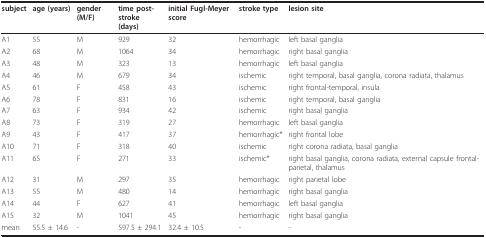
<table><thead><tr><td><b>subject</b></td><td><b>age (years)</b></td><td><b>gender (M/F)</b></td><td><b>time post-stroke (days)</b></td><td><b>initial Fugl-Meyer score</b></td><td><b>stroke type</b></td><td><b>lesion site</b></td></tr></thead><tbody><tr><td>A1</td><td>55</td><td>M</td><td>929</td><td>32</td><td>hemorrhagic</td><td>left basal ganglia</td></tr><tr><td>A2</td><td>68</td><td>M</td><td>1064</td><td>34</td><td>hemorrhagic</td><td>right basal ganglia</td></tr><tr><td>A3</td><td>48</td><td>M</td><td>323</td><td>13</td><td>hemorrhagic</td><td>left basal ganglia</td></tr><tr><td>A4</td><td>46</td><td>M</td><td>679</td><td>34</td><td>ischemic</td><td>right temporal, basal ganglia, corona radiata, thalamus</td></tr><tr><td>A5</td><td>61</td><td>F</td><td>458</td><td>43</td><td>ischemic</td><td>right frontal-temporal, insula</td></tr><tr><td>A6</td><td>78</td><td>F</td><td>831</td><td>16</td><td>ischemic</td><td>right temporal, basal ganglia</td></tr><tr><td>A7</td><td>63</td><td>F</td><td>934</td><td>42</td><td>ischemic</td><td>right basal ganglia</td></tr><tr><td>A8</td><td>73</td><td>F</td><td>319</td><td>27</td><td>hemorrhagic</td><td>left basal ganglia</td></tr><tr><td>A9</td><td>43</td><td>F</td><td>417</td><td>37</td><td>hemorrhagic*</td><td>right frontal lobe</td></tr><tr><td>A10</td><td>71</td><td>F</td><td>318</td><td>40</td><td>ischemic</td><td>right corona radiata, basal ganglia</td></tr><tr><td>A11</td><td>65</td><td>F</td><td>271</td><td>33</td><td>ischemic*</td><td>right basal ganglia, corona radiata, external capsule frontal-parietal, thalamus</td></tr><tr><td>A12</td><td>31</td><td>M</td><td>297</td><td>35</td><td>hemorrhagic</td><td>right parietal lobe</td></tr><tr><td>A13</td><td>55</td><td>M</td><td>480</td><td>14</td><td>hemorrhagic</td><td>right basal ganglia</td></tr><tr><td>A14</td><td>44</td><td>F</td><td>627</td><td>41</td><td>hemorrhagic</td><td>left basal ganglia</td></tr><tr><td>A15</td><td>32</td><td>M</td><td>1041</td><td>45</td><td>hemorrhagic</td><td>right basal ganglia</td></tr><tr><td>mean</td><td>55.5 ± 14.6</td><td>-</td><td>597.5 ± 294.1</td><td>32.4 ± 10.5</td><td>-</td><td>-</td></tr></tbody></table>